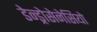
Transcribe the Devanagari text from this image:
डेन्ड्रोसेनेसियो